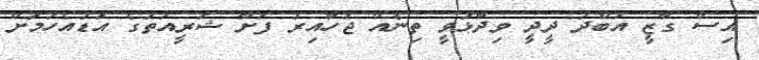
އިސް ގާޒީ އަބްދު ދީދީ ވިދާޅުވީ ތިނެއް ޖަހާއިރު ފަށާ ޝަރީއަތުގެ އަޑުއެހުމަށް